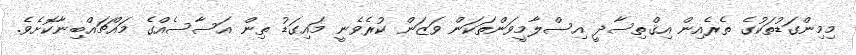
މިމިންގަޑުތަކުގެ ތެރެއިން އިޤްތިސާދީ އިސްލާމީވަންތަކަން ވަޒަން ކުރެވެނީ މައިގަޑު ތިން އަސާސެއްގެ މައްޗައްބިނާކޮށެވެ.